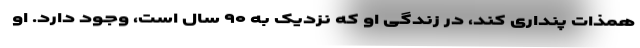
همذات پنداری کند، در زندگی او که نزدیک به ۹۰ سال است، وجود دارد. او